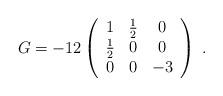
LaTeX: \begin{align*}G=-12 \left( \begin{array}{ccc} 1 & \frac{1}{2} & 0 \\ \frac{1}{2} & 0 & 0 \\ 0 & 0 & -3 \\ \end{array} \right)\; .\end{align*}